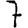
Digit: 7